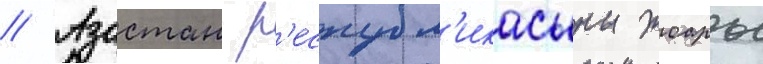
// Азастан р'еспубл'икасыны жоары